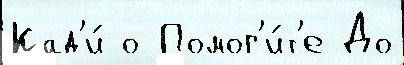
Кад'и́ о Помог'и́т'е До